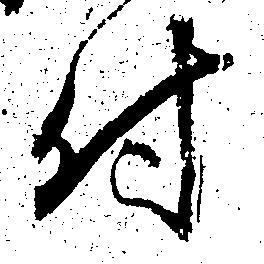
付